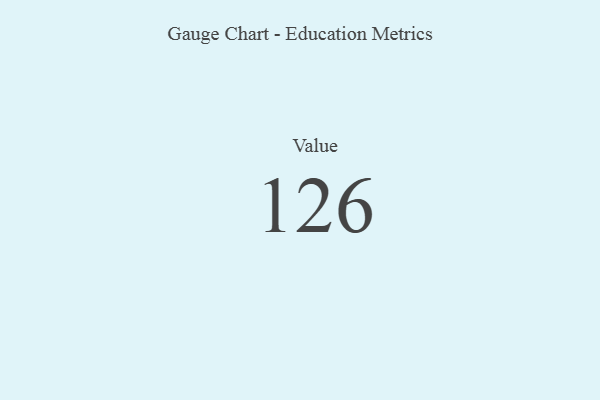
{"axis": {"x": "Metric", "y": "Value"}, "legend": [""], "data": [{"x": "Value", "y": 126, "type": ""}]}